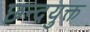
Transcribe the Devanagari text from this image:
छन्दयुक्त